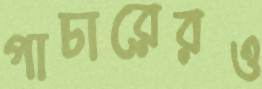
পাচারেরও